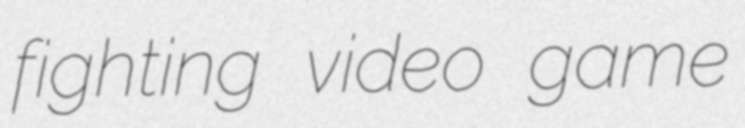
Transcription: fighting video game